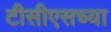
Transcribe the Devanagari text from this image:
टीसीएसच्या